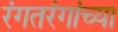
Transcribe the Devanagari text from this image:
रंगतरंगांच्या